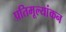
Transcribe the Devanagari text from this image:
प्रतिमूल्यांकन